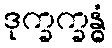
ဒုက္ခက္ခန္ဓံ